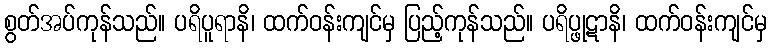
စွတ်အပ်ကုန်သည်။ ပရိပူရာနိ၊ ထက်ဝန်းကျင်မှ ပြည့်ကုန်သည်။ ပရိပ္ဖုဋာနိ၊ ထက်ဝန်းကျင်မှ